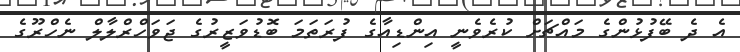
އެ ދެ ބޭފުޅުންގެ މައްޗަށް ކުރެވެނީ އިންޑިއާގެ ފުރަތަމަ ބޮޑުވަޒީރުގެ ޖަވަހްރްލާލް ނެހްރޫގެ